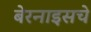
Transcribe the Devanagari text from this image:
बेरनाइसचे